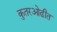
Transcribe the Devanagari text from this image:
कुतरओढीत